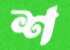
শ